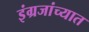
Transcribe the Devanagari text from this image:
इंग्रजांच्यात